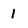
Character: 1